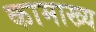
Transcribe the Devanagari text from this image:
कामाख्य